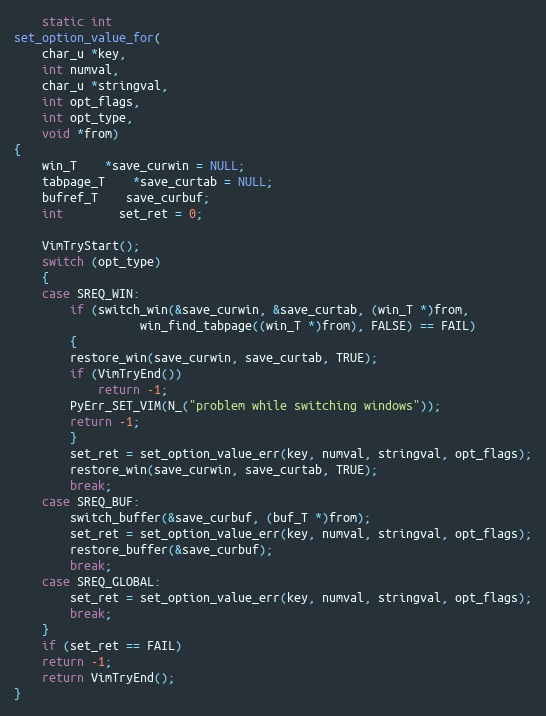
Language: C
    static int
set_option_value_for(
	char_u *key,
	int numval,
	char_u *stringval,
	int opt_flags,
	int opt_type,
	void *from)
{
    win_T	*save_curwin = NULL;
    tabpage_T	*save_curtab = NULL;
    bufref_T	save_curbuf;
    int		set_ret = 0;

    VimTryStart();
    switch (opt_type)
    {
	case SREQ_WIN:
	    if (switch_win(&save_curwin, &save_curtab, (win_T *)from,
			      win_find_tabpage((win_T *)from), FALSE) == FAIL)
	    {
		restore_win(save_curwin, save_curtab, TRUE);
		if (VimTryEnd())
		    return -1;
		PyErr_SET_VIM(N_("problem while switching windows"));
		return -1;
	    }
	    set_ret = set_option_value_err(key, numval, stringval, opt_flags);
	    restore_win(save_curwin, save_curtab, TRUE);
	    break;
	case SREQ_BUF:
	    switch_buffer(&save_curbuf, (buf_T *)from);
	    set_ret = set_option_value_err(key, numval, stringval, opt_flags);
	    restore_buffer(&save_curbuf);
	    break;
	case SREQ_GLOBAL:
	    set_ret = set_option_value_err(key, numval, stringval, opt_flags);
	    break;
    }
    if (set_ret == FAIL)
	return -1;
    return VimTryEnd();
}